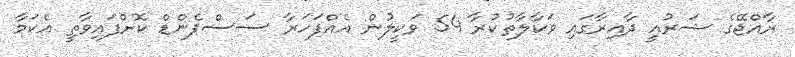
ރާއްޖޭގެ ޝަރުއީ ދާއިރާގައި ވަކާލާތުކުރާ 54 ވަކީލުން އެއްފަހަރާ ސަސްޕެންޑް ކޮށްފައިވާތީ އެކަމާ